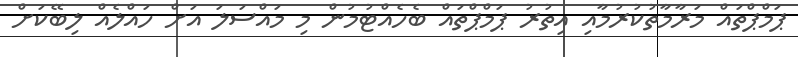
ޕަމްޕްތައް މަރާމާތުކުރުމާއި އިތުރު ޕަމްޕްތައް ބެހެއްޓުމުން މި މައްސަލަ އަށް ހައްލެއް ލިބޭކަށް